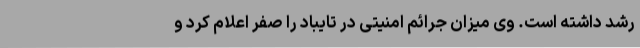
رشد داشته است. وی میزان جرائم امنیتی در تایباد را صفر اعلام کرد و